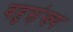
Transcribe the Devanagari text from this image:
बहुस़़ंख्य